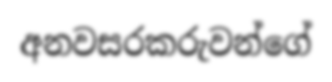
අනවසරකරුවන්ගේ